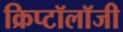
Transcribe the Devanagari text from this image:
क्रिप्टॉलॉजी